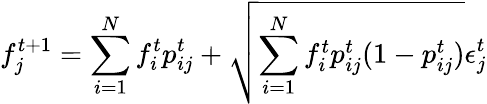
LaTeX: f_{j}^{t+1}=\sum_{i=1}^{N}f_{i}^{t}{p}_{ij}^{t}+\sqrt{\sum_{i=1}^{N}f_{i}^{t}{p}_{ij}^{t}(1-{p}_{ij}^{t})}\epsilon_{j}^{t}